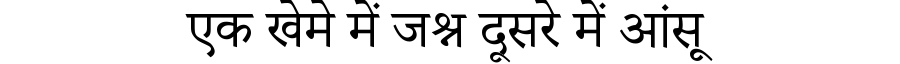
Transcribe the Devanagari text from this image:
एक खेमे में जश्न दूसरे में आंसू